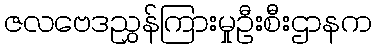
ဇလဗေဒညွှန်ကြားမှုဦးစီးဌာနက